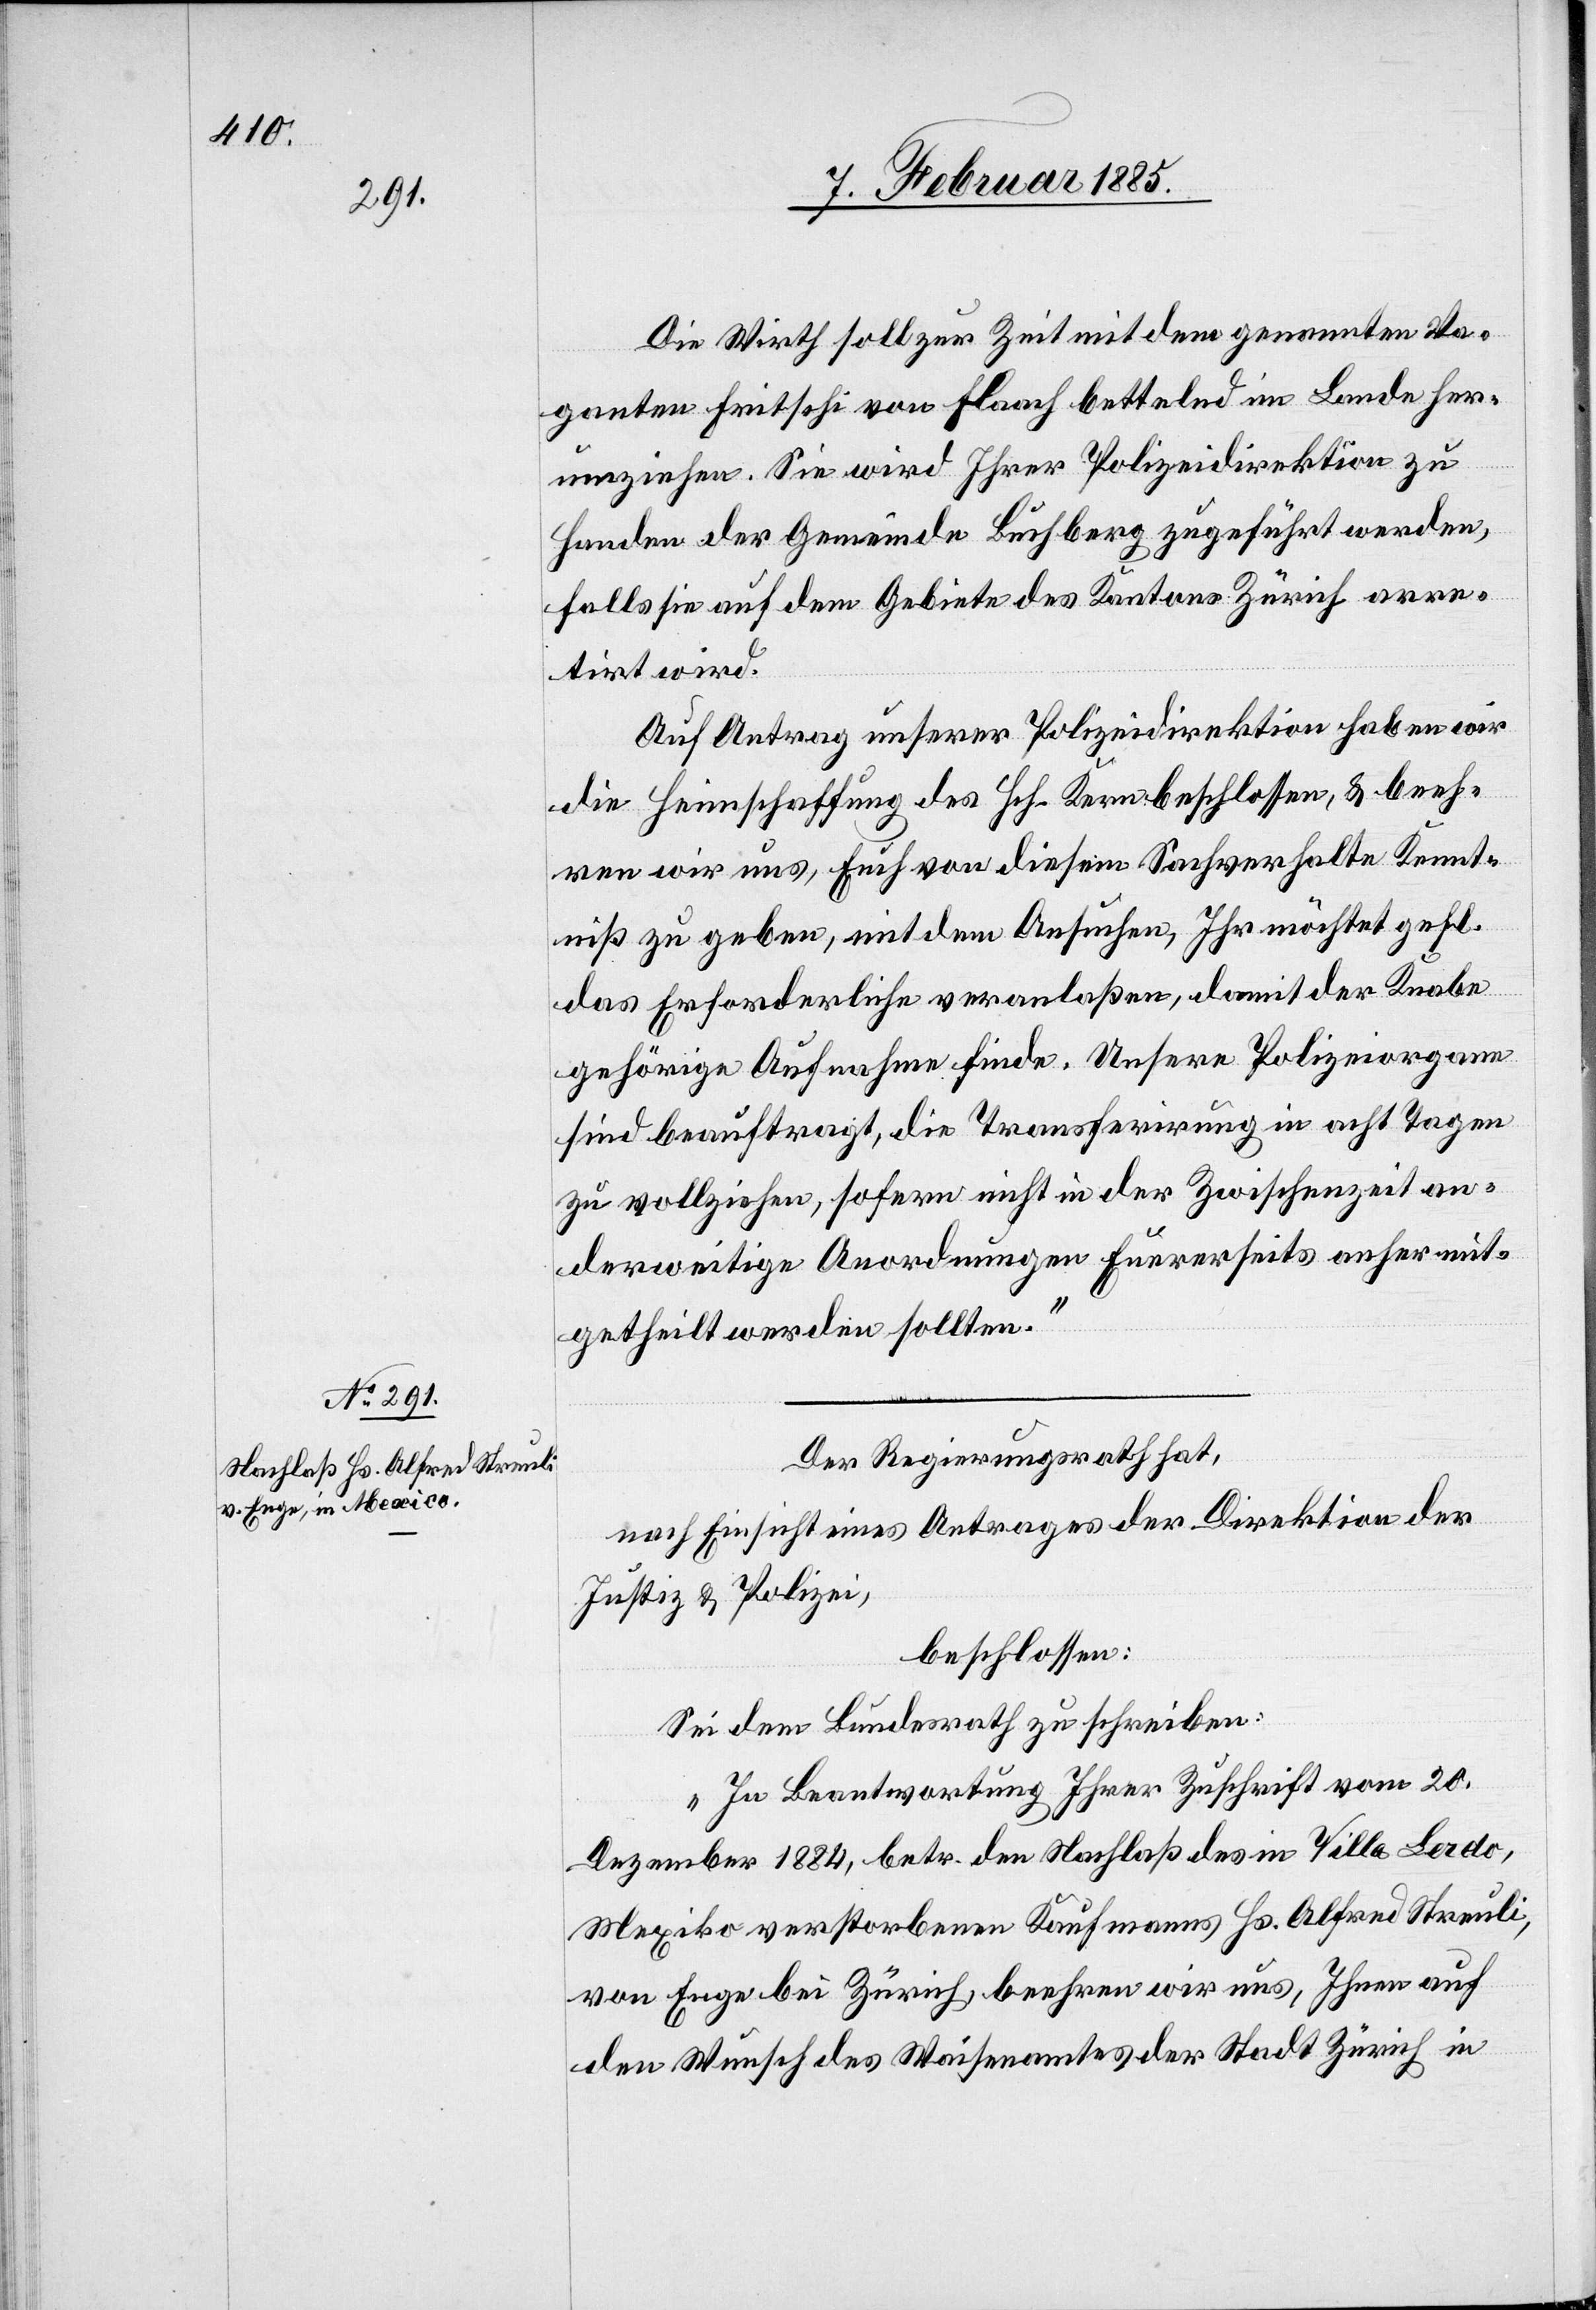
Die Wirth soll zur Zeit mit dem genannten Va¬
ganten Fritschi von Flaach bettelnd im Lande her¬
umziehen. Sie wird Ihrer Polizeidirektion zu
Handen der Gemeinde Buchberg zugeführt werden,
falls sie auf dem Gebiete des Kantons Zürich arre¬
tirt wird.
Auf Antrag unserer Polizeidirektion haben wir
die Heimschaffung des Hch. Kern beschlossen, & beeh¬
ren wir uns, Euch von diesem Sachverhalte Kennt¬
niß zu geben, mit dem Ansuchen, Ihr möchtet gefl.
das Erforderliche veranlaßen, damit der Knabe
gehörige Aufnahme finde. Unsere Polizeiorgane
sind beauftragt, die Transferirung in acht Tagen
zu vollziehen, sofern nicht in der Zwischenzeit an¬
derweitige Anordnungen Eurerseits anher mit¬
getheilt werden sollten.“
Der Regierungsrath hat,
nach Einsicht eines Antrages der Direktion der
Justiz & Polizei,
beschlossen:
Sei dem Bundesrath zu schreiben:
„In Beantwortung Ihrer Zuschrift vom 20.
Dezember 1884, betr. den Nachlaß des in Villa Lerdo,
Mexiko verstorbenen Kaufmanns Hs. Alfred Steuli,
von Enge bei Zürich, beehren wir uns, Ihnen auf
den Wunsche des Waisenamtes der Stadt Zürich in